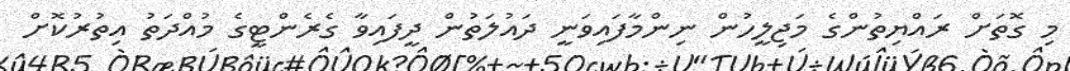
މި ގޮތަށް ރައްޔިތުންގެ މަޖިލީހުން ނިންމާފައިވަނީ ދައުލަތުން ދީފައިވާ ގެރެންޓީގެ މުއްދަތު އިތުރުކޮށް